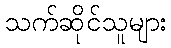
သက်ဆိုင်သူများ